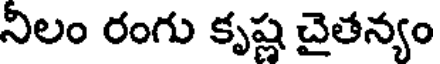
నిలం రంగు కృష్ణ చైతన్యం